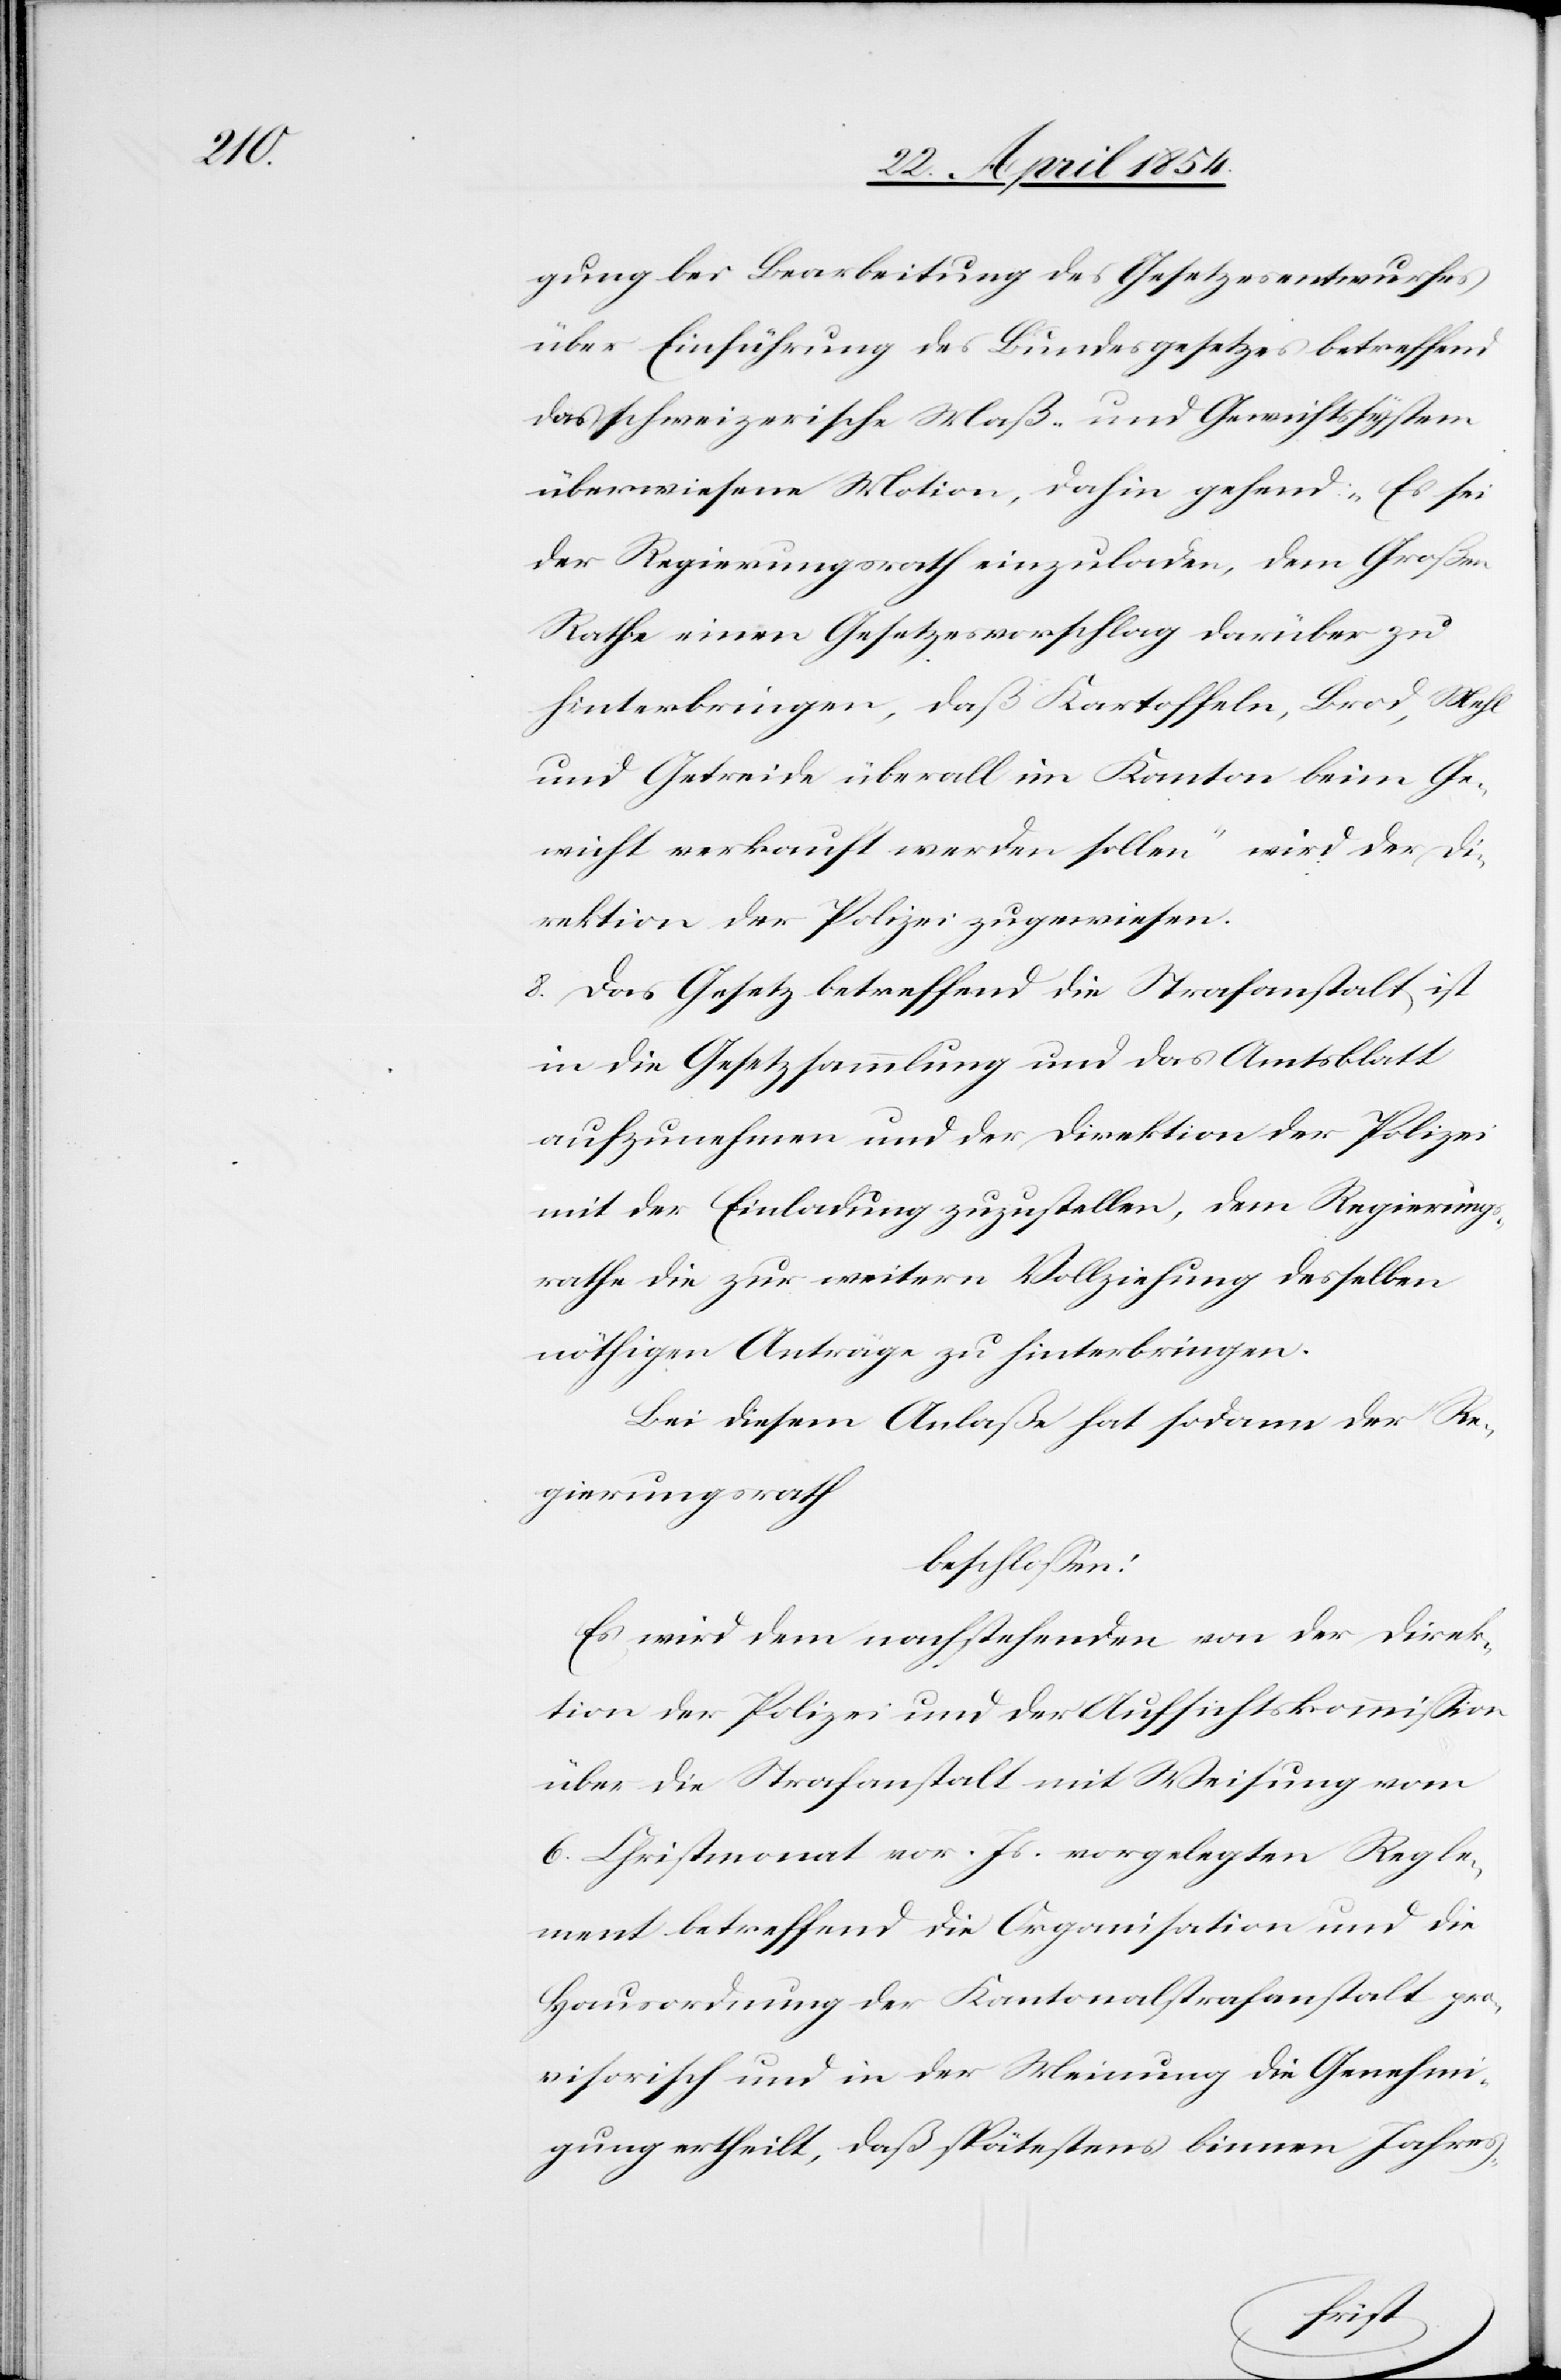
gung bei Bearbeitung des Gesetzesentwurfes
über Einführung des Bundesgesetzes betreffend
das schweizerische Maß- und Gewichtssystem
überwiesene Motion, dahin gehend: „Es sei
der Regierungsrath einzuladen, dem Großen
Rathe einen Gesetzesvorschlag darüber zu
hinterbringen, daß Kartoffeln, Brod, Mehl
und Getreide überall im Kanton beim Ge¬
wicht verkauft werden sollen“ wird der Di¬
rektion der Polizei überwiesen.
8.) Das Gesetz betreffend die Strafanstalt ist
in die Gesetzsammlung und das Amtsblatt
aufzunehmen und der Direktion der Polizei
mit der Einladung zuzustellen, dem Regierungs¬
rathe die zur weitern Vollziehung desselben
nöthigen Anträge zu hinterbringen.
Bei diesem Anlaße hat sodann der Re¬
gierungsrath
beschloßen:
Es wird dem nachstehenden von der Direk¬
tion der Polizei und der Aufsichtskommißion
über die Strafanstalt mit Weisung vom
6. Christmonat vor. Js. vorgelegten Regle¬
ment betreffend die Organisation und die
Hausordnung der Kantonalstrafanstalt pro¬
visorisch und in der Meinung die Genehmi¬
gung ertheilt, daß spätestens binnen Jahres-